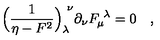
\Bigl ( { \frac { 1 } { \eta - F ^ { 2 } } } \Bigr ) _ { \lambda } ^ { \ \nu } \partial _ { \nu } F _ { \mu } ^ { \ \lambda } = 0 \quad ,